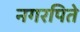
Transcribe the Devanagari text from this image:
नगरपिते